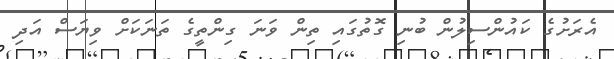
އެރަށުގެ ކައުންސިލުން ބުނި ގޮތުގައި ތިން ވަނަ ގިންތީގެ ތަނަކަށް ވިޔަސް އަދި